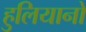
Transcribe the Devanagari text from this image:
हुलियानो